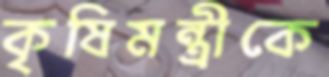
কৃষিমন্ত্রীকে